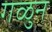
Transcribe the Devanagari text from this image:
गळुन